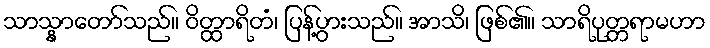
သာသ္နာတော်သည်။ ဝိတ္ထာရိတံ၊ ပြန့်ပွားသည်။ အာသိ၊ ဖြစ်၏။ သာရိပုတ္တရာမဟာ